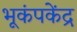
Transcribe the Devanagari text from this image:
भूकंपकेंद्र